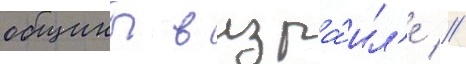
общины в изра́ил'е //